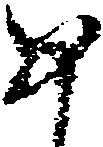
め